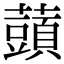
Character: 䕱